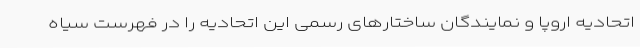
اتحادیه اروپا و نمایندگان ساختارهای رسمی این اتحادیه را در فهرست سیاه